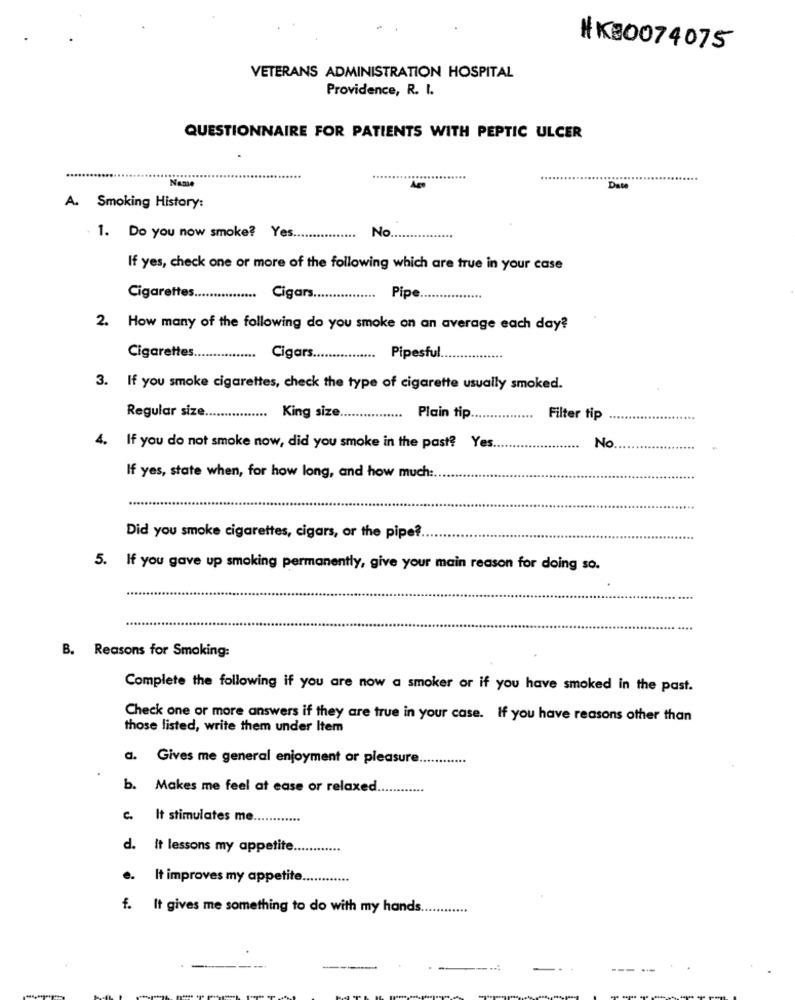
#KB0074075
VETERANS ADMINISTRATION HOSPITAL
Providence, R. I.
QUESTIONNAIRE FOR PATIENTS WITH PEPTIC ULCER
Name
Date
A. Smoking History:
No
. 1. Do you now smoke? Yes.
.....
If yes, check one or more of the following which are true in your case
Cigarettes ...
Cigars
.........
Pipe ................
2. How many of the following do you smoke on an average each day?
Cigarettes.
Cigars.
Pipesful.
3. If you smoke cigarettes, check the type of cigarette usually smoked.
Regular size .....
....
King size.
.....
Plain tip
Filter tip
No
4. If you do not smoke now, did you smoke in the past? Yes ..
If yes, state when, for how long, and how much :.
Did you smoke cigarettes, cigars, or the pipe ?.
5. If you gave up smoking permanently, give your main reason for doing so.
B. Reasons for Smoking:
Complete the following if you are now a smoker or if you have smoked in the past.
Check one or more answers if they are true in your case. If you have reasons other than
those listed, write them under Item
a. Gives me general enjoyment or pleasure ...
b. Makes me feel at ease or relaxed.
c. It stimulates me.
d. It lessons my appetite ............
e.
It improves my appetite.
f. It gives me something to do with my hands
-